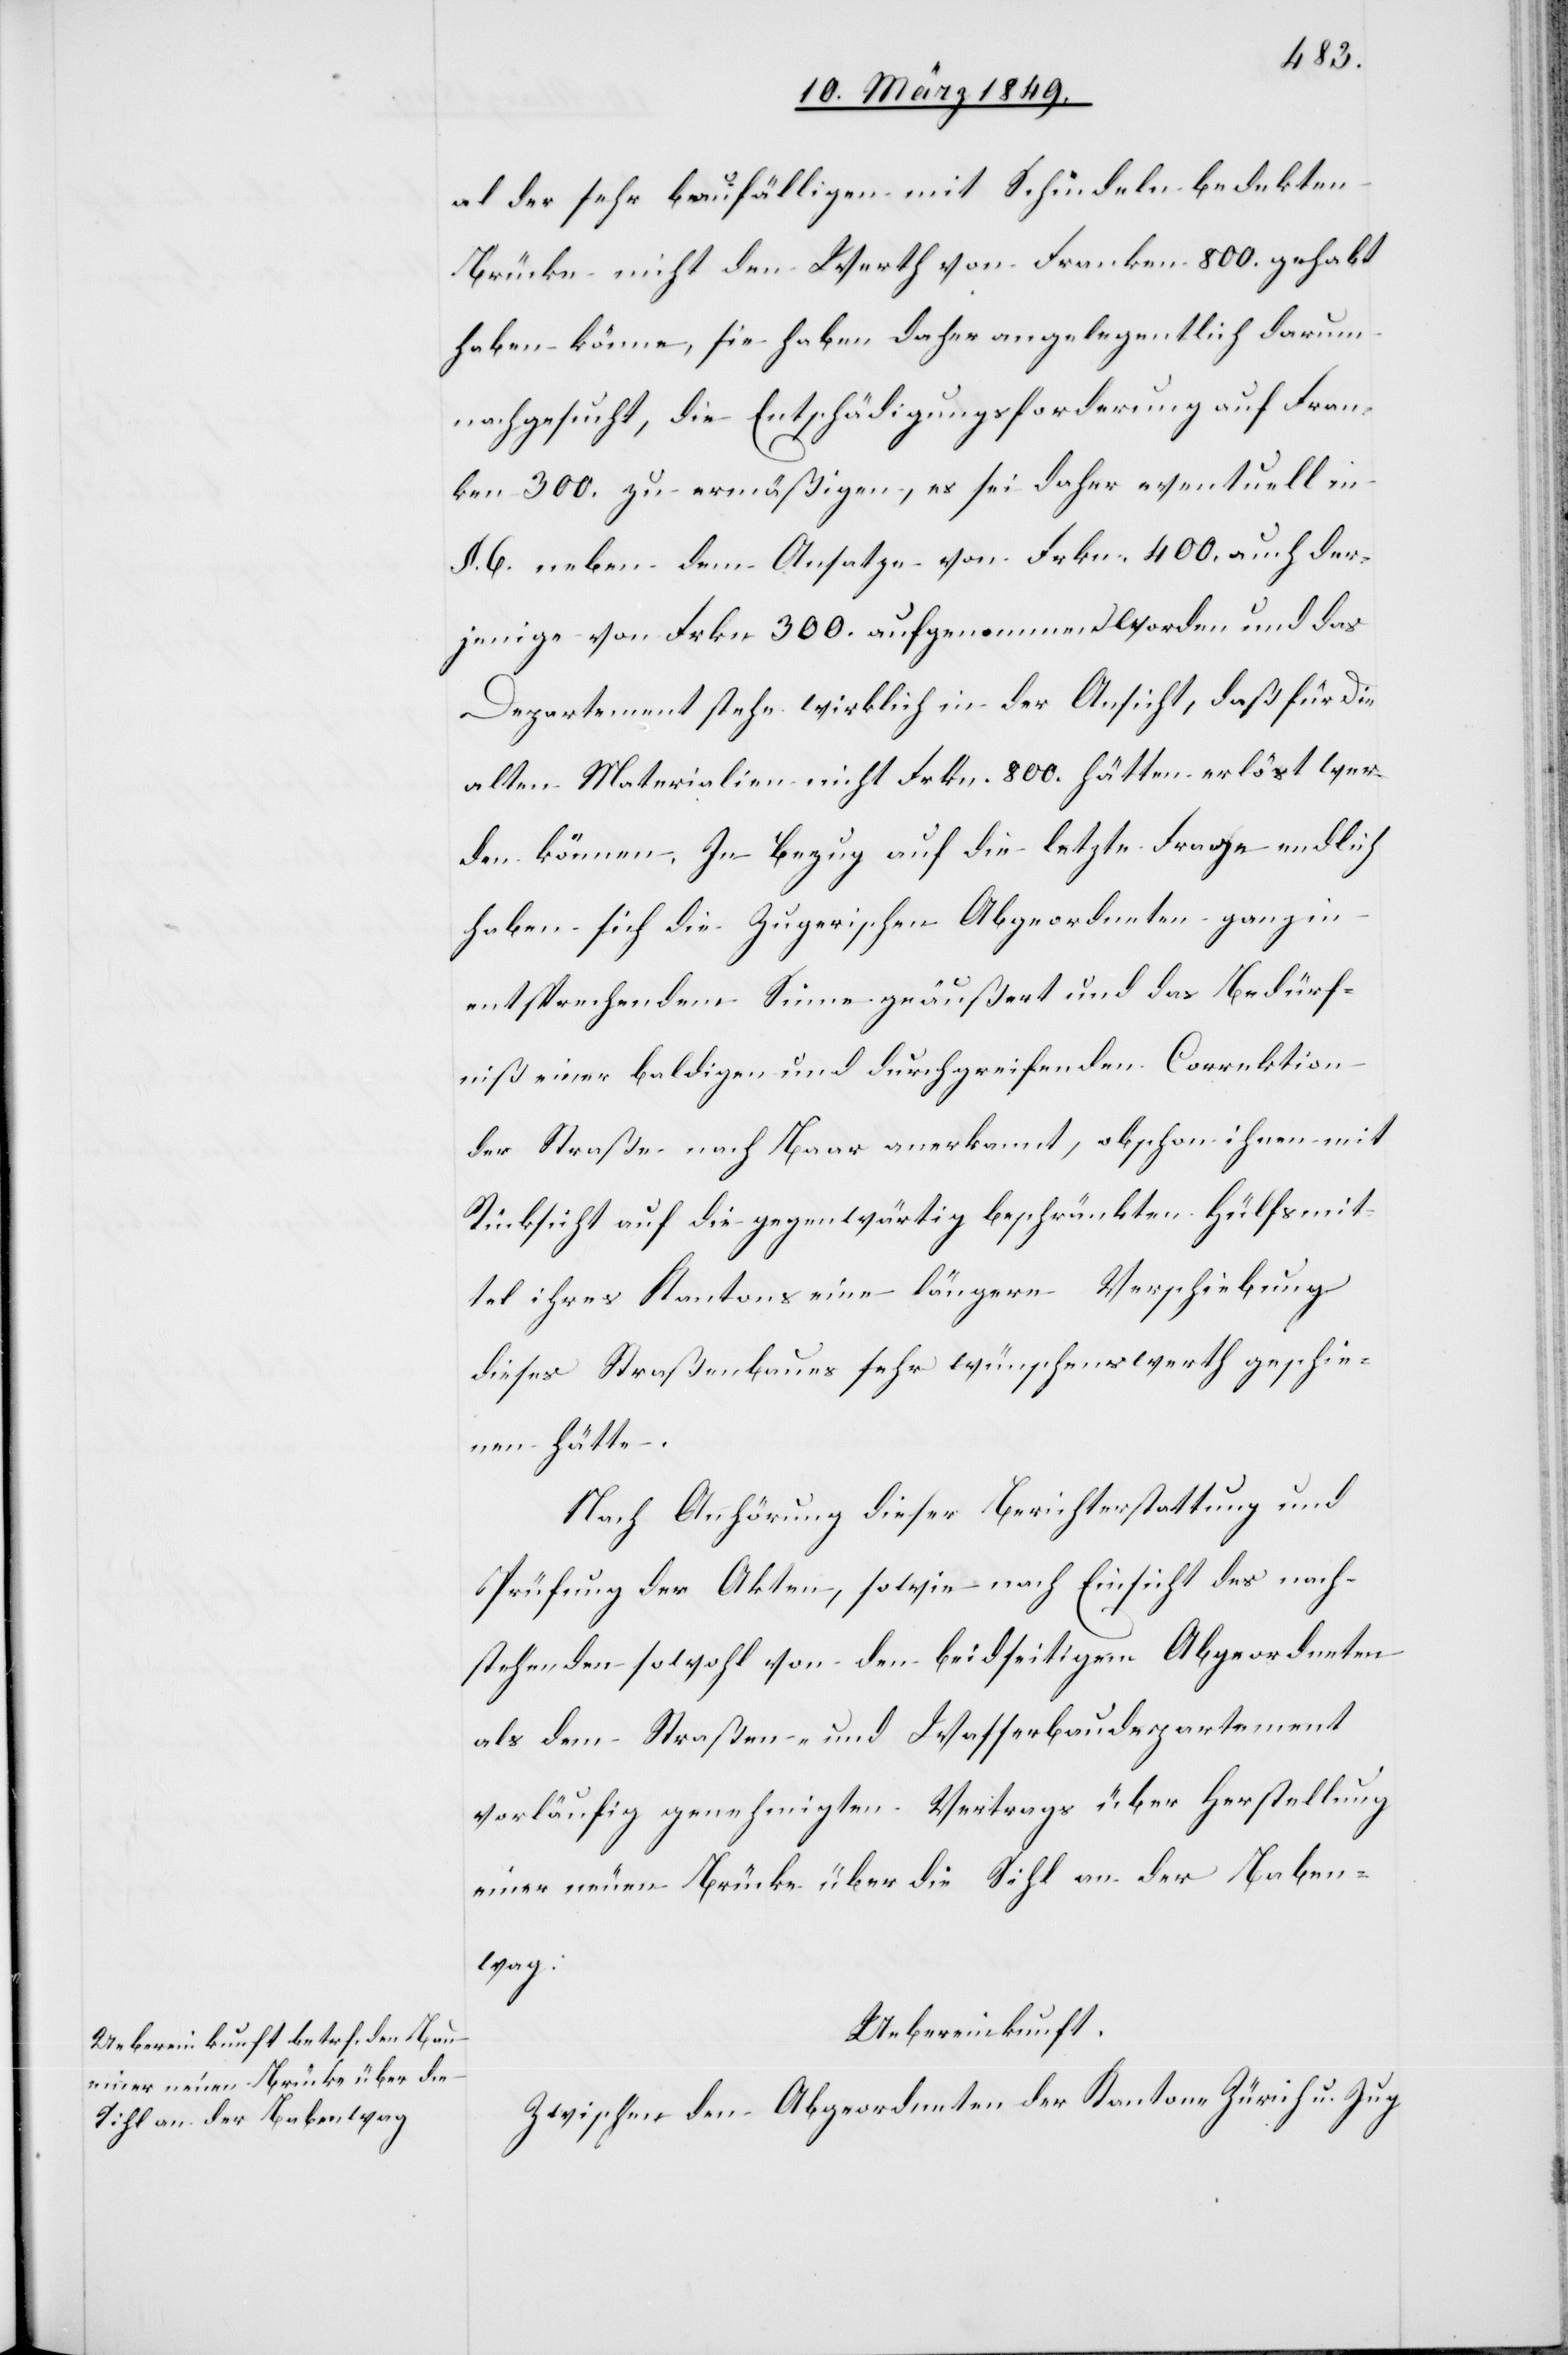
al der sehr baufälligen mit Schindeln bedekten
Brücke nicht den Werth von Franken 800. gehabt
haben könne, sie haben daher angelegentlich darum
nachgesucht, die Entschädigungsforderung auf Fran¬
ken 300. zu ermäßigen, es sei daher eventuell in
§. 6. neben dem Ansatze von Frkn. 400. auch der¬
jenige von Frkn 300. aufgenommen worden und das
Departement stehe wirklich in der Ansicht, daß für die
alten Materialien nicht Frkn. 800. hätten erlöst wer¬
den können. In Bezug auf die letzte Frage endlich
haben sich die Zugerischen Abgeordneten ganz in
entsprechendem Sinne geäußert und das Bedürf¬
niß einer baldigen und durchgreifenden Correktion
der Straße nach Baar anerkannt, obschon ihnen mit
Rücksicht auf die gegenwärtig beschränkten Hülfsmit¬
tel ihres Kantons eine längere Verschiebung
dieses Straßenbaues sehr wünschenswerth geschie¬
nen hätte.
Nach Anhörung dieser Berichterstattung und
Prüfung der Akten, sowie nach Einsicht des nach¬
stehenden sowohl von den beidseitigem [sic!] Abgeordneten
als dem Straßen- und Wasserbaudepartement
vorläufig genehmigten Vertrags über Herstellung
einer neuen Brücke über die Sihl an der Baben¬
wag:
Uebereinkunft.
Zwischen den Abgeordneten der Kantone Zürich u. Zug